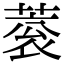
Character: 蓘